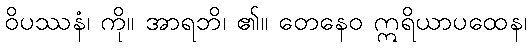
ဝိပဿနံ၊ ကို။ အာရဘိ၊ ၏။ တေနေဝ ဣရိယာပထေန၊